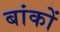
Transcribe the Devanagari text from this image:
बांकों